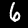
Digit: 6